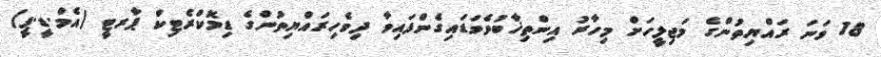
18 ވަނަ ރައްޔިތުންގެ މަޖިލީހަށް މިހާރު އިންތިޚާބުވެވަޑައިގެންފައިވާ ދިވެހިރައްޔިތުންގެ ޑިމޮކްރެޓިކް ޕާރޓީ (އެމް.ޑީ.ޕީ)